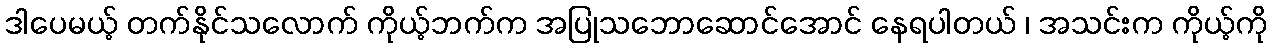
ဒါပေမယ့် တက်နိုင်သလောက် ကိုယ့်ဘက်က အပြုသဘောဆောင်အောင် နေရပါတယ် ၊ အသင်းက ကိုယ့်ကို